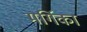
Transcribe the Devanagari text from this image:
मर्गिका